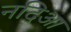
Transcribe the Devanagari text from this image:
नदिआ